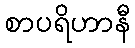
စာပရိဟာနီ